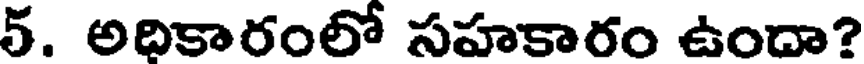
5. అదికారంలో సహకారం ఉందా?